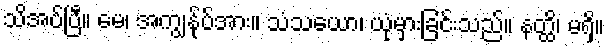
သိအပ်ပြီ။ မေ၊ အကျွန်ုပ်အား။ သံသယော၊ ယုံမှားခြင်းသည်။ နတ္ထိ၊ မရှိ။